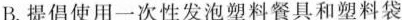
B.提倡使用一次性发泡塑料餐具和塑料袋